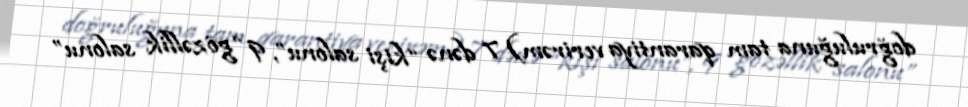
doğruluğuna tam qarantiya verirəm) 7 dənə “kişi salonu”, 9 “gözəllik salonu”